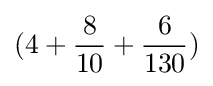
(4+{\frac {8}{10}}+{\frac {6}{130}})